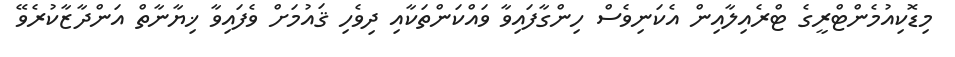
މިޑޮކިއުމެންޓްރީގެ ޓްރެއިލާއިން އެކަނިވެސް ހިންގާފައިވާ ވައްކަންތަކާއި ދިވެހި ޤައުމަށް ވެފައިވާ ޚިޔާނާތް އަންދާޒާކުރެވޭ